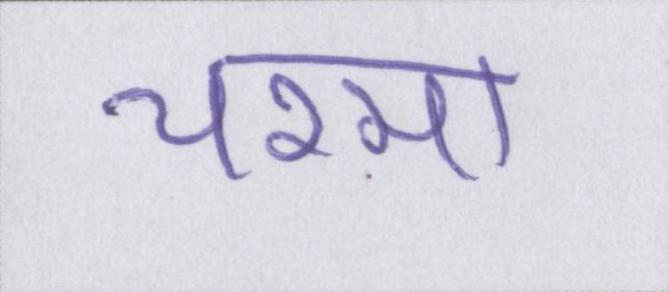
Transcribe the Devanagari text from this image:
चश्मा